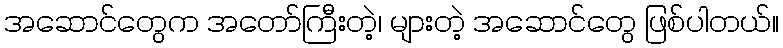
အဆောင်တွေက အတော်ကြီးတဲ့၊ များတဲ့ အဆောင်တွေ ဖြစ်ပါတယ်။